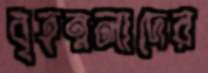
বৃহন্নলাদের